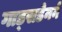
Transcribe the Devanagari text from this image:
गाड्सडेनने